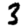
Digit: 3